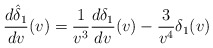
\begin{align*} \frac{d\hat{\delta}_1}{dv}(v)=\frac{1}{v^3}\frac{d\delta_1}{dv}(v)-\frac{3}{v^4}\delta_1(v)\end{align*}